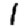
Digit: 1